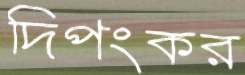
দিপংকর